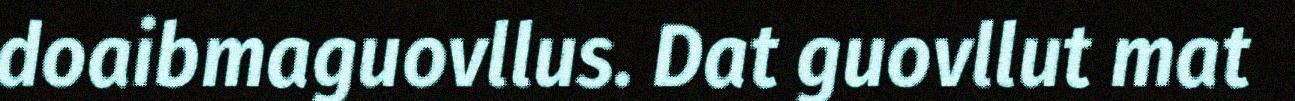
doaibmaguovllus. Dat guovllut mat